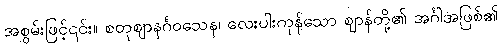
အစွမ်းဖြင့်၎င်း။ စတုဈာနင်္ဂဝသေန၊ လေးပါးကုန်သော ဈာန်တို့၏ အင်္ဂါအဖြစ်၏